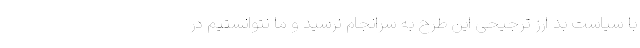
با سیاست بد ارز ترجیحی این طرح به سرانجام نرسید و ما نتوانستیم در